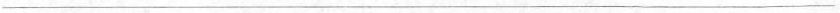
___